Annual administration report of the Civil Veterinary Department of India - 1896-1897
Year: 1896
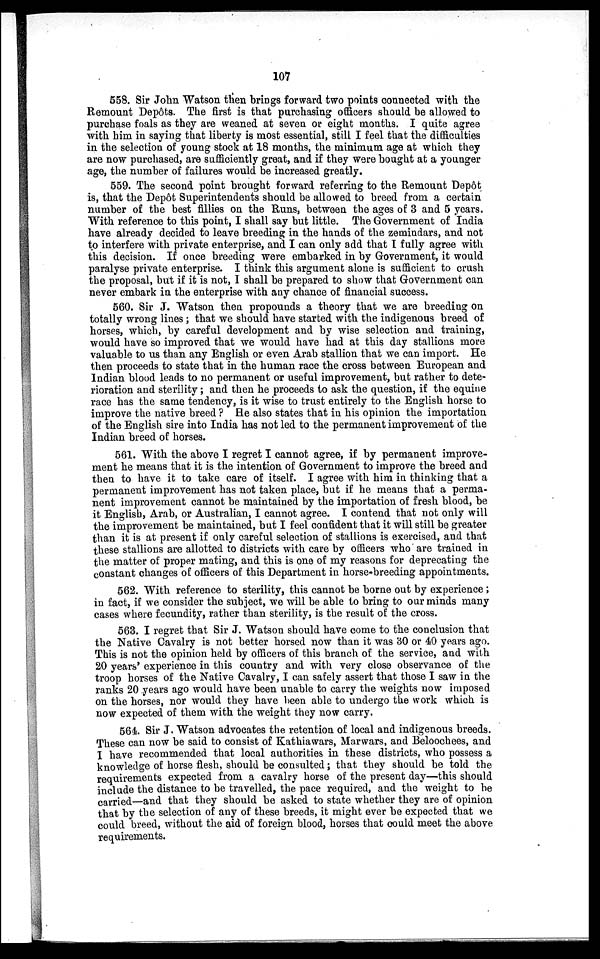
107
558. Sir John Watson then brings forward two points connected with the
Remount Depôts. The first is that purchasing officers should be allowed to
purchase foals as they are weaned at seven or eight months. I quite agree
with him in saying that liberty is most essential, still I feel that the difficulties
in the selection of young stock at 18 months, the minimum age at which they
are now purchased, are sufficiently great, and if they were bought at a younger
age, the number of failures would be increased greatly.
559. The second point brought forward referring to the Remount Depôt
is, that the Depôt Superintendents should be allowed to breed from a certain
number of the best fillies on the Runs, between the ages of 3 and 5 years.
With reference to this point, I shall say but little. The Government of India
have already decided to leave breeding in the hands of the zemindars, and not
to interfere with private enterprise, and I can only add that I fully agree with
this decision. If once breeding were embarked in by Government, it would
paralyse private enterprise. I think this argument alone is sufficient to crush
the proposal, but if it is not, I shall be prepared to show that Government can
never embark in the enterprise with any chance of financial success.
560. Sir J. Watson then propounds a theory that we are breeding on
totally wrong lines; that we should have started with the indigenous breed of
horses, which, by careful development and by wise selection and training,
would have so improved that we would have had at this day stallions more
valuable to us than any English or even Arab stallion that we can import. He
then proceeds to state that in the human race the cross between European and
Indian blood leads to no permanent or useful improvement, but rather to dete-
rioration and sterility; and then he proceeds to ask the question, if the equine
race has the same tendency, is it wise to trust entirely to the English horse to
improve the native breed ? He also states that in his opinion the importation
of the English sire into India has not led to the permanent improvement of the
Indian breed of horses.
561. With the above I regret I cannot agree, if by permanent improve-
ment he means that it is the intention of Government to improve the breed and
then to have it to take care of itself. I agree with him in thinking that a
permanent improvement has not taken place, but if he means that a perma-
nent improvement cannot be maintained by the importation of fresh blood, be
it English, Arab, or Australian, I cannot agree. I contend that not only will
the improvement be maintained, but I feel confident that it will still be greater
than it is at present if only careful selection of stallions is exercised, and that
these stallions are allotted to districts with care by officers who are trained in
the matter of proper mating, and this is one of my reasons for deprecating the
constant changes of officers of this Department in horse-breeding appointments.
562. With reference to sterility, this cannot be borne out by experience;
in fact, if we consider the subject, we will be able to bring to our minds many
cases where fecundity, rather than sterility, is the result of the cross.
563. I regret that Sir J. Watson should have come to the conclusion that
the Native Cavalry is not better horsed now than it was 30 or 40 years ago.
This is not the opinion held by officers of this branch of the service, and with
20 years' experience in this country and with very close observance of the
troop horses of the Native Cavalry, I can safely assert that those I saw in the
ranks 20 years ago would have been unable to carry the weights now imposed
on the horses, nor would they have been able to undergo the work which is
now expected of them with the weight they now carry.
564. Sir J. Watson advocates the retention of local and indigenous breeds.
These can now be said to consist of Kathiawars, Marwars, and Beloochees, and
I have recommended that local authorities in these districts, who possess a
knowledge of horse flesh, should be consulted; that they should be told the
requirements expected from a cavalry horse of the present day—this should
include the distance to be travelled, the pace required, and the weight to be
carried—and that they should be asked to state whether they are of opinion
that by the selection of any of these breeds, it might ever be expected that we
could breed, without the aid of foreign blood, horses that could meet the above
requirements.